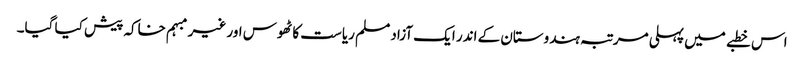
اس خطبے میں پہلی مرتبہ ہندوستان کے اندر ایک آزاد مسلم ریاست کا ٹھوس اور غیر مبہم خاکہ پیش کیا گیا۔